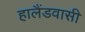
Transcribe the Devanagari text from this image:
हालैंडवासी